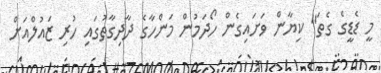
މީ ޑެޑީގެ ގެތަ" ކިޔާން ވަށައިގެން ހޯދަމުން މަންހާގެ ދާދިގާތުގައި ހުރި ޒައުލްއަށް